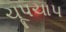
ચૂપચાપ